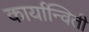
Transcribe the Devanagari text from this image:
कार्यान्विती